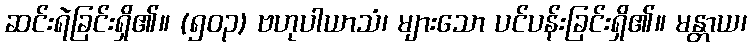
ဆင်းရဲခြင်းရှိ၏။ (၅၀၃) ဗဟုပါယာသံ၊ များသော ပင်ပန်းခြင်းရှိ၏။ မန္တာယ၊